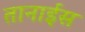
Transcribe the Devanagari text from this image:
तानाईस